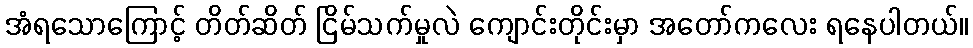
အံရသောကြောင့် တိတ်ဆိတ် ငြိမ်သက်မှုလဲ ကျောင်းတိုင်းမှာ အတော်ကလေး ရနေပါတယ်။